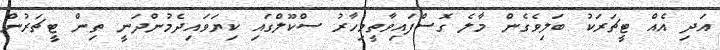
އަދި އެއް ޓީޗަރަކު ބަލިވެގެން މާލެ ގޮސްފައިވާތީމިހާރު ސްކޫލްގައި ކިޔަވައިދެމުންދަނީ ތިން ޓީޗަރުން